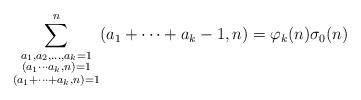
LaTeX: \begin{align*}\sum_{\substack{a_1, a_2, \ldots, a_k =1 \\ (a_1\cdots a_k,n)=1 \\ (a_1+\cdots+a_k,n)=1}}^n (a_1+\cdots+a_k-1,n) = \varphi_k(n)\sigma_0(n)\;\;\;\;\;\;\;\; \end{align*}